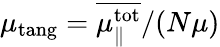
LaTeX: \mu_{\mathrm{tang}}=\overline{{\mu_{\parallel}^{\mathrm{tot}}}}/(N\mu)